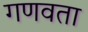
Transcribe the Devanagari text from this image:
गणवता